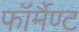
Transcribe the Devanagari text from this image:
फॉर्मैण्ट